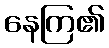
နေကြ၏